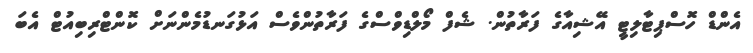
އެންޑް ހޮސްޕިޓާލިޓީ އޭޝިއާގެ ފަރާތުން. ޝެފް މޯލްޑިވްސްގެ ފަރާތުންވެސް އަޅުގަނޑުމެންނަށް ކޮންޓްރިބިއުޓް އެބަ